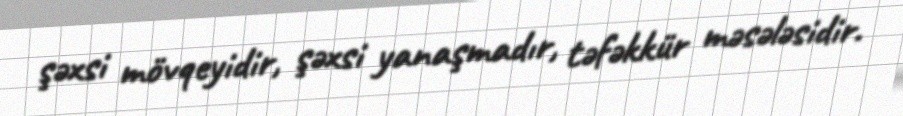
şəxsi mövqeyidir, şəxsi yanaşmadır, təfəkkür məsələsidir.